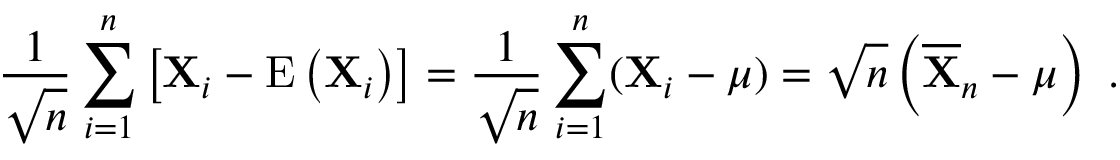
{ \frac { 1 } { \sqrt { n } } } \sum _ { i = 1 } ^ { n } \left[ \mathbf { X } _ { i } - \operatorname { E } \left( \mathbf { X } _ { i } \right) \right] = { \frac { 1 } { \sqrt { n } } } \sum _ { i = 1 } ^ { n } ( \mathbf { X } _ { i } - { \boldsymbol { \mu } } ) = { \sqrt { n } } \left( { \overline { { \mathbf { X } } } } _ { n } - { \boldsymbol { \mu } } \right) ~ .